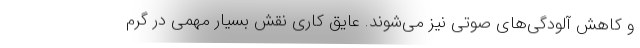
و کاهش آلودگی‌های صوتی نیز می‌شوند. عایق کاری نقش بسیار مهمی در گرم